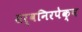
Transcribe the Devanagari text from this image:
सर्वनिरपेक्ष